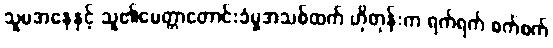
သူမအနေနှင့် သူ၏မေတ္တာတောင်းခံမှုအသစ်ထက် ဟိုတုန်းက ရက်ရက် စက်စက်